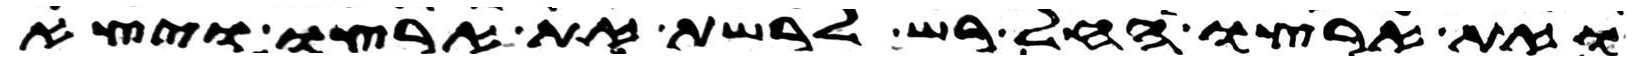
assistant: ואת ארצו החל רש לרשת את ארצו ויצא